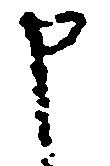
申